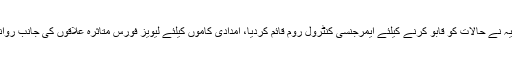
ضلعی انتظامیہ نے حالات کو قابو کرنے کیلئے ایمرجنسی کنٹرول روم قائم کردیا، امدادی کاموں کیلئے لیویز فورس متاثرہ علاقوں کی جانب روانہ کردی گئی۔